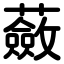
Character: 蘞